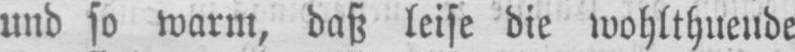
und so warm, daß leise die wohlthuende